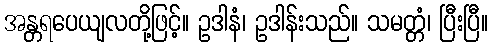
အန္တရပေယျလတို့ဖြင့်။ ဥဒါနံ၊ ဥဒါန်းသည်။ သမတ္တံ၊ ပြီးပြီ။